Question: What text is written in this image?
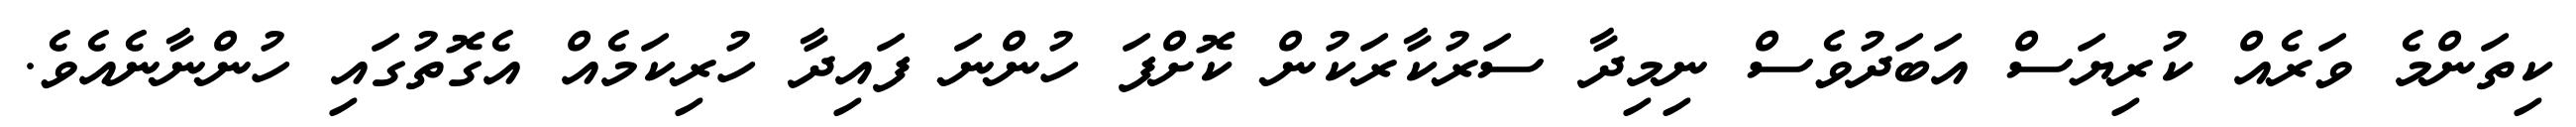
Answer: ކިތަންމެ ވަރެއް ކުރިޔަސް އަބަދުވެސް ނިމިދާ ސަރުކާރަކުން ކޮށްފަ ހުންނަ ފައިދާ ހުރިކަމެއް އެގޮތުގައި ހުންނާނެއެވެ.